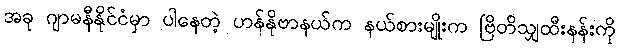
အခု ဂျာမနီနိုင်ငံမှာ ပါနေတဲ့ ဟန်နိုဗာနယ်က နယ်စားမျိုးက ဗြိတိသျှထီးနန်းကို